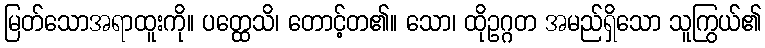
မြတ်သောအရာထူးကို။ ပတ္ထေသိ၊ တောင့်တ၏။ သော၊ ထိုဥဂ္ဂတ အမည်ရှိသော သူကြွယ်၏